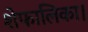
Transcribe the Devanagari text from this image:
शेफालिका।